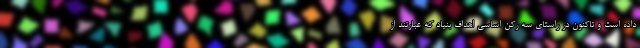
داده است و تاکنون در راستای سه رکن اساسی اهداف بنیاد که عبارتند از